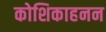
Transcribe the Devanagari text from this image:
कोशिकाहनन